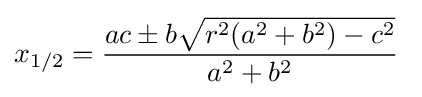
x_{1/2}={\frac {ac\pm b{\sqrt {r^{2}(a^{2}+b^{2})-c^{2}}}}{a^{2}+b^{2}}}\